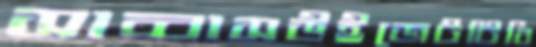
সাব্বাসউইজেটটিবি